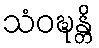
သံဝဍ္ဎန္တိ